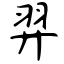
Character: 羿